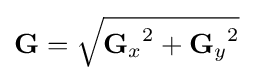
\mathbf {G} ={\sqrt {{\mathbf {G} _{x}}^{2}+{\mathbf {G} _{y}}^{2}}}